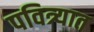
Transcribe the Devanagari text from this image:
पवित्र्यात